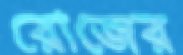
রোজের